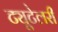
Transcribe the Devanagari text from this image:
ट्यूटेलरी